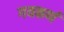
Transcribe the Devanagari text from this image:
गयकर्ण